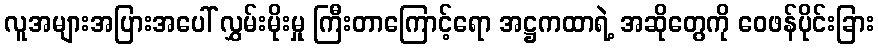
လူအများအပြားအပေါ် လွှမ်းမိုးမှု ကြီးတာကြောင့်ရော အဋ္ဌကထာရဲ့ အဆိုတွေကို ဝေဖန်ပိုင်းခြား